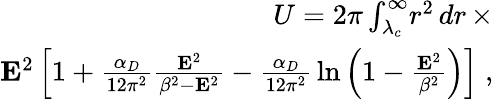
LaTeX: \begin{array}{r}{U=2\pi\int_{\lambda_{c}}^{\infty}\! r^{2}\, dr\, \times}\\ {{\mathbf E}^{2}\left[1+\frac{\alpha_{D}}{12\pi^{2}}\frac{{\mathbf E}^{2}}{\beta^{2}-{\mathbf E}^{2}}-\frac{\alpha_{D}}{12\pi^{2}}\, \ln\left(1-\frac{{\mathbf E}^{2}}{\beta^{2}}\right)\right]\; ,}\end{array}